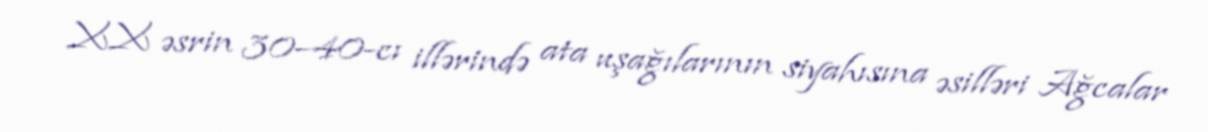
XX əsrin 30–40-cı illərində ata uşağılarının siyahısına əsilləri Ağcalar